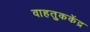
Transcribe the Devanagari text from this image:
वाहतुककेंद्र